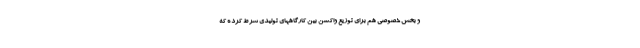
و بخش خصوصی هم برای توزیع واکسن بین کارگاههای تولیدی شرط کرده که